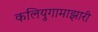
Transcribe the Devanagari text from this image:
कलियुगामाझारी